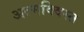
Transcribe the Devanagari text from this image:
अल्मक्विस्त